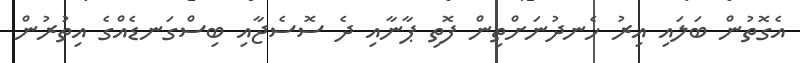
އެގޮތުން ބަލައި އިރު ހެނދުނަށްތިން ފޮތި ޕާނާއި ދެ ސޮސެޖާއި ބިސްގަނޑެއްގެ އިތުރުން